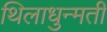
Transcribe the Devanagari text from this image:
थिलाधुन्मती